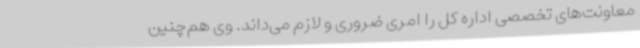
معاونت‌های تخصصی اداره کل را امری ضروری و لازم می‌داند. وی هم‌چنین